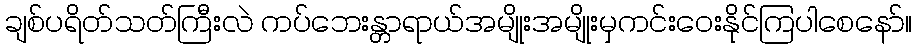
ချစ်ပရိတ်သတ်ကြီးလဲ ကပ်ဘေးန္တာရာယ်အမျိုးအမျိုးမှကင်းဝေးနိုင်ကြပါစေနော်။